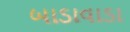
બાડાવાડા